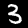
Label: 3